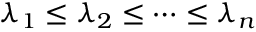
\lambda _ { 1 } \leq \lambda _ { 2 } \leq \cdots \leq \lambda _ { n }